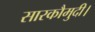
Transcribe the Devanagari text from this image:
सारकौमुदी।